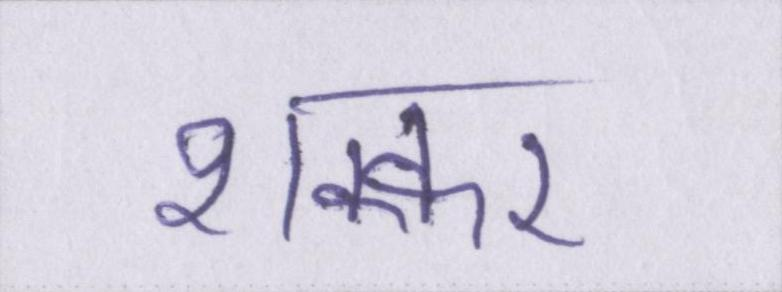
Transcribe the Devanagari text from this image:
शक्कर